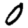
Digit: 0